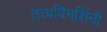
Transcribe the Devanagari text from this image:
तत्वविमर्शिनी